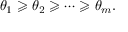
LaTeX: \theta _ { 1 } \geqslant \theta _ { 2 } \geqslant \dots \geqslant \theta _ { m } .